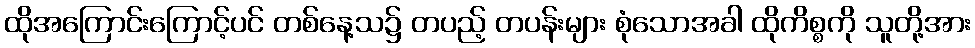
ထိုအကြောင်းကြောင့်ပင် တစ်နေ့သ၌ တပည့် တပန်းများ စုံသောအခါ ထိုကိစ္စကို သူတို့အား